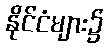
နိုင်ငံများ၌